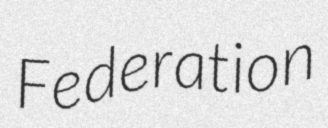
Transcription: Federation